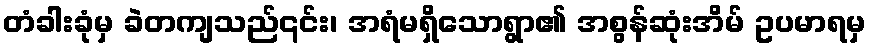
တံခါးခုံမှ ခဲတကျသည်၎င်း၊ အရံမရှိသောရွာ၏ အစွန်ဆုံးအိမ် ဥပမာရမှ